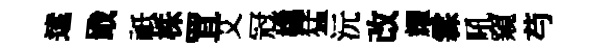
逺戢祗株罝艾冠橇猛沅改耀霖吼窺芍